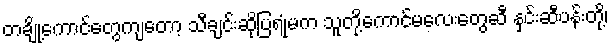
တချို့ကောင်တွေကျတော့ သီချင်းဆိုပြရုံမက သူတို့ကောင်မလေးတွေဆီ နှင်းဆီပန်းတို့၊